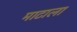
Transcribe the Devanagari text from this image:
माटाला